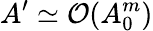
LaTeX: A^{\prime}\simeq\mathcal{O}(A_{0}^{m})